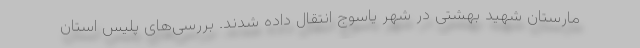
مارستان شهید بهشتی در شهر یاسوج انتقال داده شدند. بررسی‌های پلیس استان